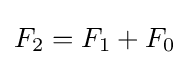
F_{2}=F_{1}+F_{0}